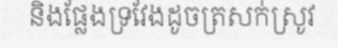
និងផ្លែងទ្រវែងដូចត្រសក់ស្រូវ